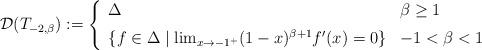
LaTeX: \begin{align*}\mathcal{D}(T_{-2,\beta}):=\left\{\begin{array}[c]{ll}\Delta & \beta\geq1\medskip\\\{f\in\Delta\mid\lim_{x\rightarrow-1^{+}}(1-x)^{\beta+1}f^{\prime}(x)=0\} &-1<\beta<1\end{array}\right. \end{align*}